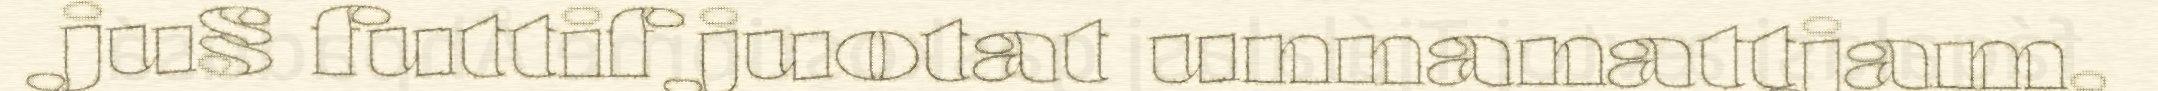
ju§ futtif juotat unnanattjam,